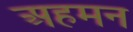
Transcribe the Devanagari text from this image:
अहमन